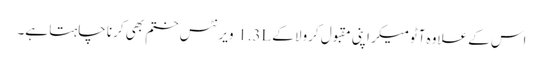
اس کے علاوہ آٹومیکر اپنی مقبول کرولا کے 1.3L ویرنٹس ختم بھی کرنا چاہتا ہے۔